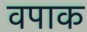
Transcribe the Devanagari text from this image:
वपाक